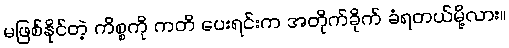
မဖြစ်နိုင်တဲ့ ကိစ္စကို ကတိ ပေးရင်းက အတိုက်ခိုက် ခံရတယ်မို့လား။